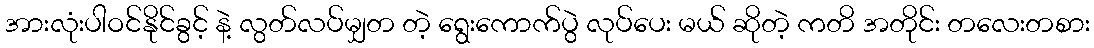
အားလုံးပါဝင်နိုင်ခွင့် နဲ့ လွတ်လပ်မျှတ တဲ့ ရွေးကောက်ပွဲ လုပ်ပေး မယ် ဆိုတဲ့ ကတိ အတိုင်း တလေးတစား